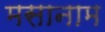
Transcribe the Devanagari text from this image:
मसानाम